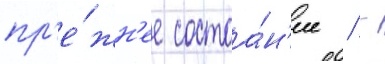
пр'е́жн'ее состоа́н'ие / -